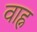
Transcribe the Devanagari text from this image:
वाह्न